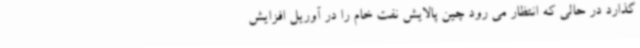
گذارد در حالی که انتظار می رود چین پالایش نفت خام را در آوریل افزایش